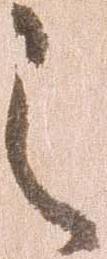
之